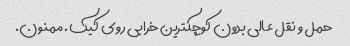
حمل و نقل عالی بدون کوچکترین خرابی روی کیک. ممنون.